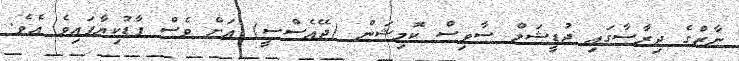
ނާޒްގެ ދިރާސާގައި ޖުޑީޝަލް ސާވިސް ކޮމިޝަން (ޖޭއެސްސީ) އަށް ވެސް ފާޑުކިޔާފައިވެ އެވެ.